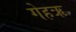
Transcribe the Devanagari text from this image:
गेहऋ